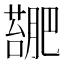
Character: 𫉳